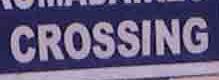
crossing